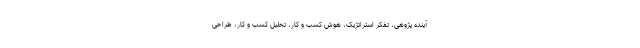
آینده پژوهی، تفکر استراتژیک، هوش کسب و کار، تحلیل کسب و کار، طراحی